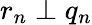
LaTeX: r_{n}\perp q_{n}